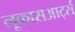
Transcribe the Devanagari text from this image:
लूकासआर्ट्स